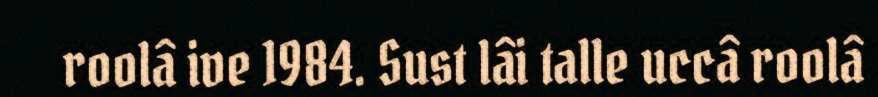
roolâ ive 1984. Sust lâi talle uccâ roolâ